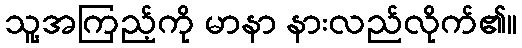
သူ့အကြည့်ကို မာနာ နားလည်လိုက်၏။